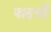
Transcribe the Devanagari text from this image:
पाठची